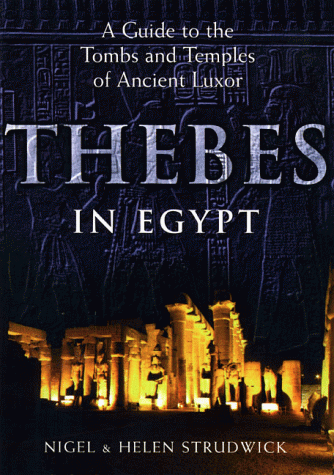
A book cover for Thebes in Egypt: A Guide to the Tombs and Temples of Ancient Luxor; Nigel Strudwick; Travel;